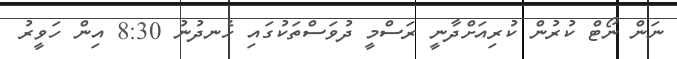
ނަން ނޯޓް ކުރުން ކުރިއަށްދާނީ ރަސްމީ ދުވަސްތަކުގައި ހެނދުނު 8:30 އިން ހަވީރު